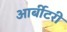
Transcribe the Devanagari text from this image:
आर्बीटरी